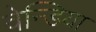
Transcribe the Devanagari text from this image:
वेन्डिया